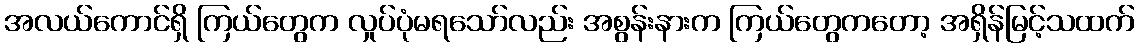
အလယ်ကောင်ရှိ ကြယ်တွေက လှုပ်ပုံမရသော်လည်း အစွန်းနားက ကြယ်တွေကတော့ အရှိန်မြင့်သထက်